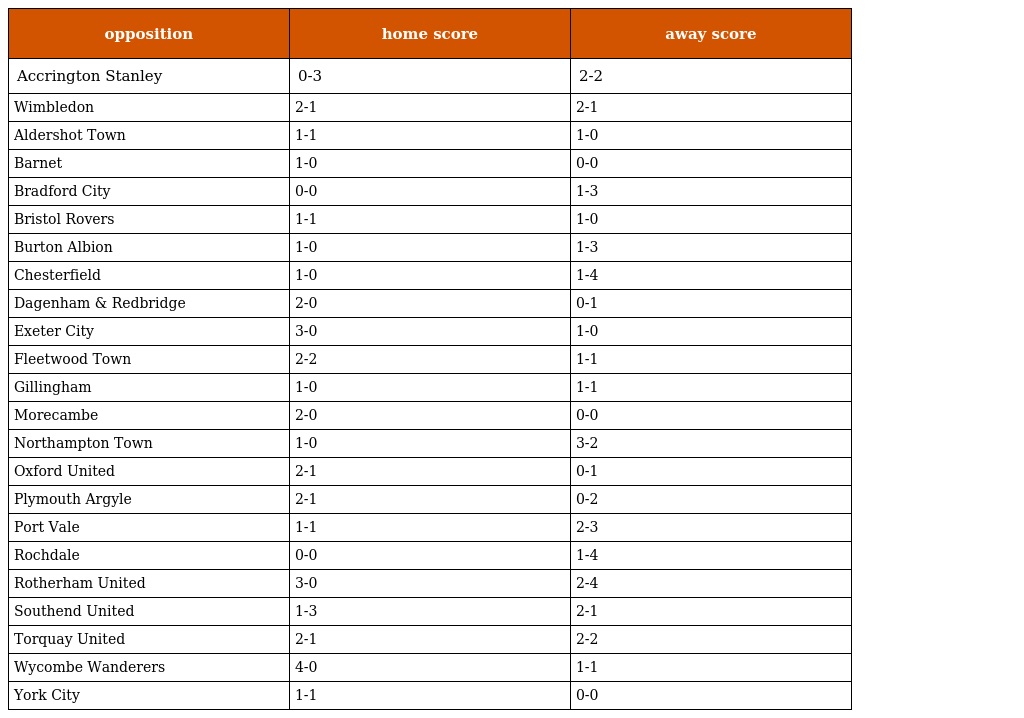
| opposition | home score | away score |
 | --- | --- | --- |
 | Accrington Stanley | 0-3 | 2-2 |
 | Wimbledon | 2-1 | 2-1 |
 | Aldershot Town | 1-1 | 1-0 |
 | Barnet | 1-0 | 0-0 |
 | Bradford City | 0-0 | 1-3 |
 | Bristol Rovers | 1-1 | 1-0 |
 | Burton Albion | 1-0 | 1-3 |
 | Chesterfield | 1-0 | 1-4 |
 | Dagenham & Redbridge | 2-0 | 0-1 |
 | Exeter City | 3-0 | 1-0 |
 | Fleetwood Town | 2-2 | 1-1 |
 | Gillingham | 1-0 | 1-1 |
 | Morecambe | 2-0 | 0-0 |
 | Northampton Town | 1-0 | 3-2 |
 | Oxford United | 2-1 | 0-1 |
 | Plymouth Argyle | 2-1 | 0-2 |
 | Port Vale | 1-1 | 2-3 |
 | Rochdale | 0-0 | 1-4 |
 | Rotherham United | 3-0 | 2-4 |
 | Southend United | 1-3 | 2-1 |
 | Torquay United | 2-1 | 2-2 |
 | Wycombe Wanderers | 4-0 | 1-1 |
 | York City | 1-1 | 0-0 |